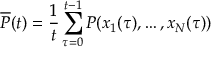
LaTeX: { \overline { { P } } } ( t ) = { \frac { 1 } { t } } \sum _ { \tau = 0 } ^ { t - 1 } P ( x _ { 1 } ( \tau ) , \ldots , x _ { N } ( \tau ) )